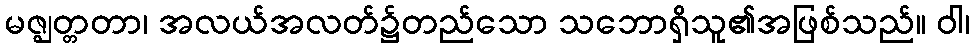
မဇ္ဈတ္တတာ၊ အလယ်အလတ်၌တည်သော သဘောရှိသူ၏အဖြစ်သည်။ ဝါ၊